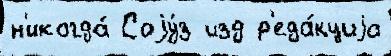
н'икогда́ Соjу́з изд р'еда́кциjа